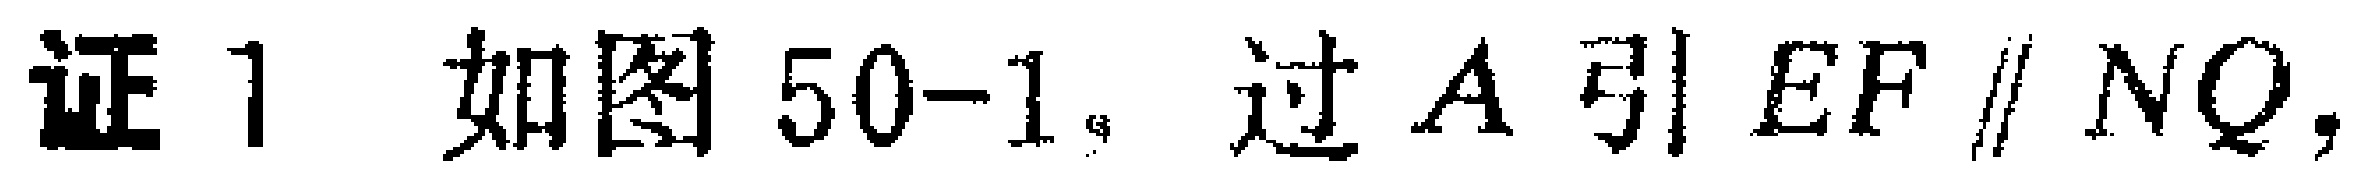
证 1 如图 50-1，过 \(A\) 引 \(EF \parallel NQ\)，